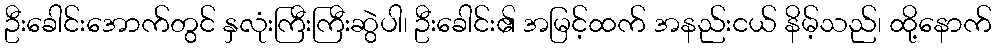
ဦးခေါင်းအောက်တွင် နှလုံးကြီးကြီးဆွဲပါ၊ ဦးခေါင်း၏ အမြင့်ထက် အနည်းငယ် နိမ့်သည်၊ ထို့နောက်